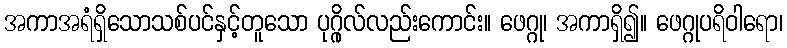
အကာအရံရှိသောသစ်ပင်နှင့်တူသော ပုဂ္ဂိုလ်လည်းကောင်း။ ဖေဂ္ဂု၊ အကာရှိ၍။ ဖေဂ္ဂုပရိဝါရော၊